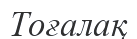
Тоғалақ